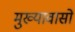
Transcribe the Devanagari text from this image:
मुख्यावासों